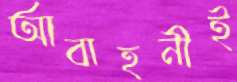
আবাহনীই